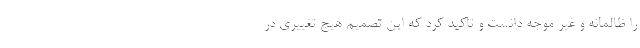
را ظالمانه و غیر موجه دانست و تاکید کرد که این تصمیم هیچ تغییری در